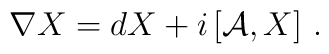
\nabla X=dX+i\left[{\cal A},X\right]\,.